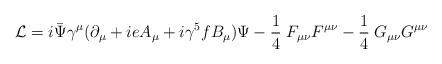
LaTeX: \begin{align*}{\cal L} = i \bar{\Psi} \gamma^\mu(\partial_\mu + ie A_\mu + i\gamma^5 fB_\mu)\Psi - {1 \over 4} \; F_{\mu \nu} F^{\mu \nu} - {1 \over 4} \; G_{\mu \nu} G^{\mu \nu}\end{align*}